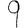
Digit: 9